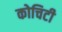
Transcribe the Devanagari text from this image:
कोचिटी